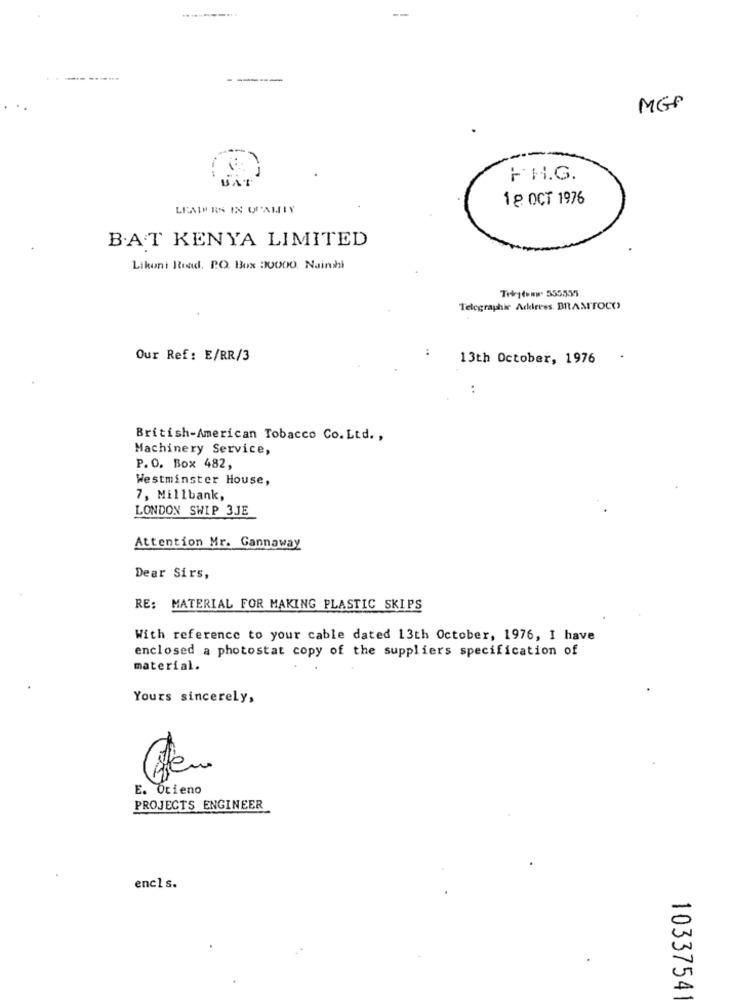
----
-----
MGP
FH.G.
1 8 OCT 1976
LEAIM RN IN QUAMLY
B.A.T KENYA LIMITED
Likoni Read. P.O. Box 20000. Nainhi
Tekstwww. 555535
Telegraphie Address. BRAMTOCO
Our Ref: E/RR/3
13th October, 1976
:
British-American Tobacco Co.Ltd .,
Machinery Service,
P.O. Box 482,
Westminster House,
7, Millbank,
LONDON SWIP 3JE
Attention Mr. Gannaway
Dear Sirs,
RE: MATERIAL FOR MAKING PLASTIC SKIPS
With reference to your cable dated 13th October, 1976, I have
enclosed a photostat copy of the suppliers specification of
material.
Yours sincerely,
E. Otieno
PROJECTS ENGINEER
encls.
1033754